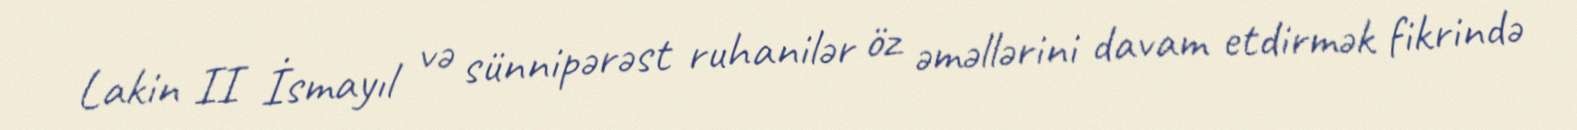
Lakin II İsmayıl və sünnipərəst ruhanilər öz əməllərini davam etdirmək fikrində